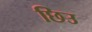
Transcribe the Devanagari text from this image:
छिउ